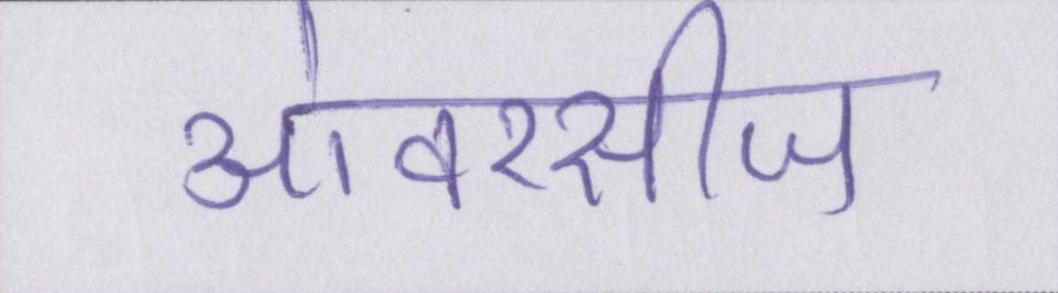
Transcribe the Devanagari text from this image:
ओवरसीज